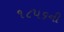
૧૮૫૬ની